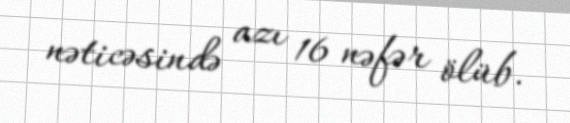
nəticəsində azı 16 nəfər ölüb.